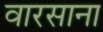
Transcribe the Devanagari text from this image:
वारसाना